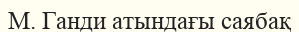
М. Ганди атындағы саябақ